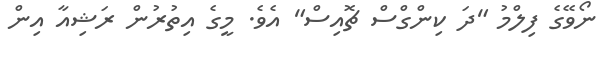
ނޯވޭގެ ފިލްމު "ދަ ކިންގްސް ޗޮއިސް" އެވެ. މީގެ އިތުރުން ރަޝިއާ އިން